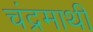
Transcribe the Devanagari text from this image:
चंद्रमाथी